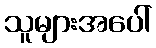
သူများအပေါ်